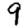
Digit: 9